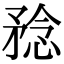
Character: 𥍵